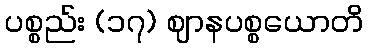
ပစ္စည်း (၁၇) ဈာနပစ္စယောတိ